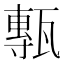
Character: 甎